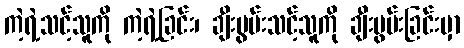
ကဲ့ရဲ့သင့်သူကို ကဲ့ရဲ့ခြင်း၊ ချီးမွမ်းသင့်သူကို ချီးမွမ်းခြင်းမှာ